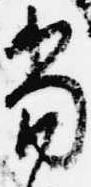
当